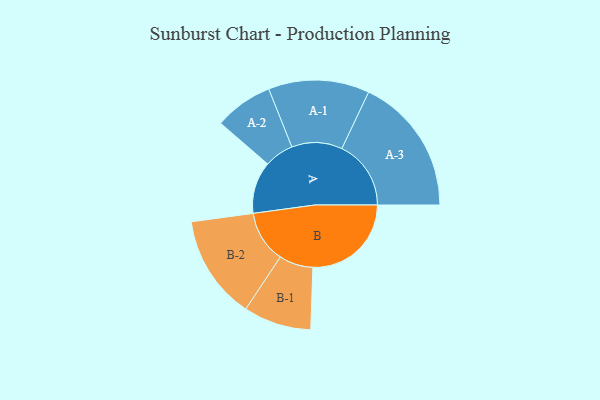
{"axis": {"x": "Segment", "y": "Value"}, "legend": ["", "A", "B"], "data": [{"x": "A", "y": 201, "type": ""}, {"x": "B", "y": 380, "type": ""}, {"x": "A-1", "y": 195, "type": "A"}, {"x": "A-2", "y": 113, "type": "A"}, {"x": "A-3", "y": 267, "type": "A"}, {"x": "B-1", "y": 131, "type": "B"}, {"x": "B-2", "y": 201, "type": "B"}]}